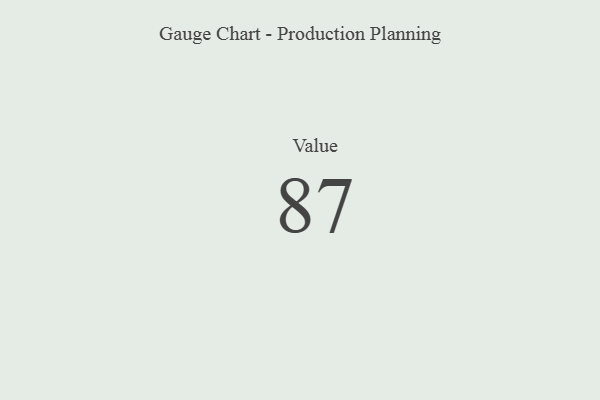
{"axis": {"x": "Metric", "y": "Value"}, "legend": [""], "data": [{"x": "Value", "y": 87, "type": ""}]}